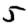
Digit: 5